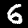
Label: 6